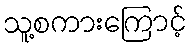
သူ့စကားကြောင့်